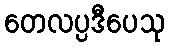
တေလပ္ပဒီပေသု